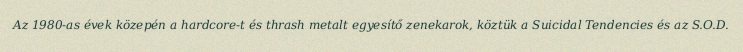
Az 1980-as évek közepén a hardcore-t és thrash metalt egyesítő zenekarok, köztük a Suicidal Tendencies és az S.O.D.